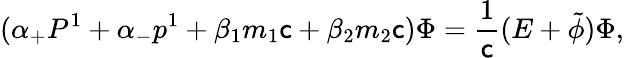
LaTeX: ({\alpha}_{+}P^{1}+{\alpha}_{-}p^{1}+{\beta}_{1}m_{1}\mathsf{c}+{\beta}_{2}m_{2}\mathsf{c}){\Phi}=\frac{{1}}{{\mathsf{c}}}(E+\tilde{{\phi}}){\Phi},